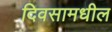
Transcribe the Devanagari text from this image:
दिवसामधील